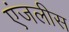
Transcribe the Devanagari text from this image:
एंजलीस